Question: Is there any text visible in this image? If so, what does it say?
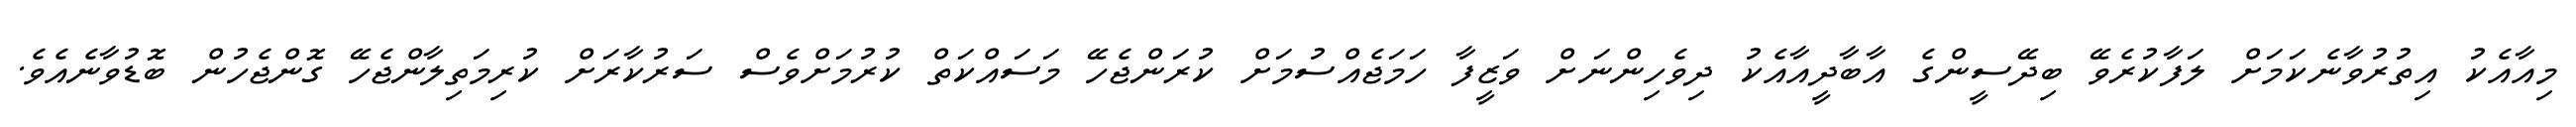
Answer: މިއާއެކު އިތުރުވާނެކަމަށް ލަފާކުރެވޭ ބިދޭސީންގެ އާބާދީއާއެކު ދިވެހިންނަށް ވަޒީފާ ހަމަޖެއްސުމަށް ކުރަންޖެހޭ މަސައްކަތް ކުރުމަށްވެސް ސަރުކާރަށް ކުރިމަތިލާންޖެހޭ ގޮންޖެހުން ބޮޑުވާނެއެވެ.